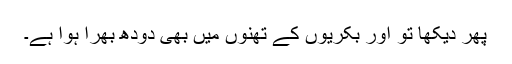
پھر دیکھا تو اور بکریوں کے تھنوں میں بھی دودھ بھرا ہوا ہے۔